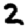
Digit: 2